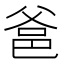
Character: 𤕕